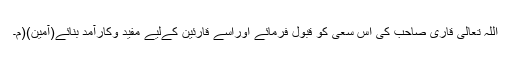
اللہ تعالیٰ قاری صاحب کی اس سعی کو قبول فرمائے اوراسے قارئین کےلیے مفید وکارآمد بنائے(آمین)(م۔